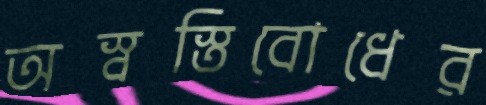
অস্বস্তিবোধের